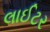
લાઈટર